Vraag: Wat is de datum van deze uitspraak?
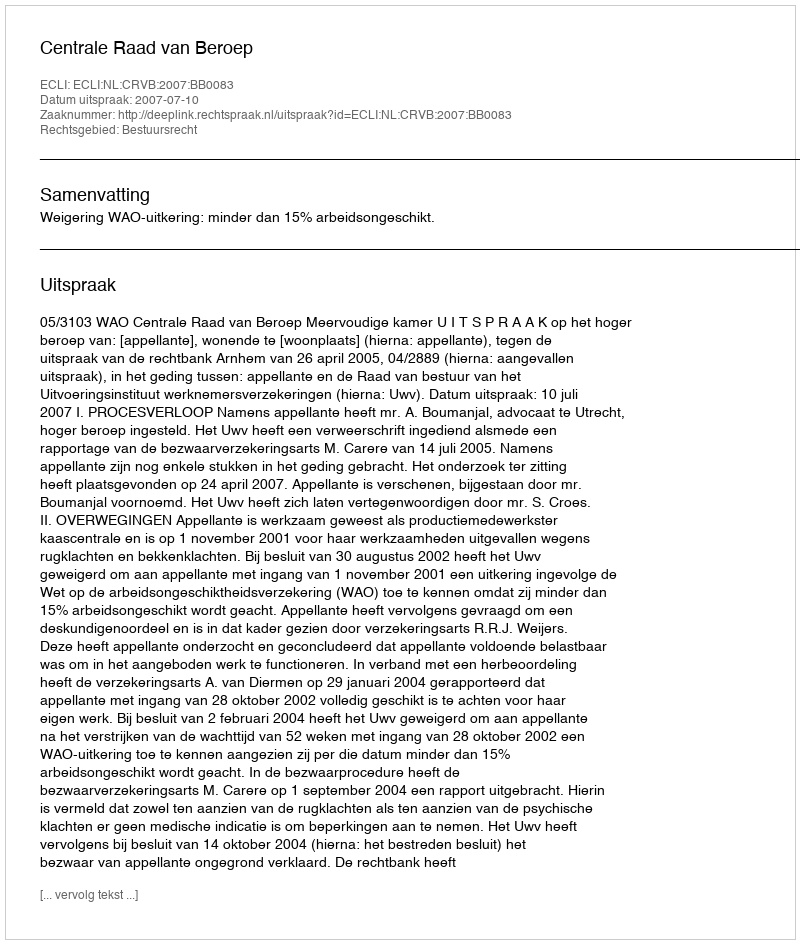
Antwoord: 2007-07-10